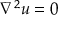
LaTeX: \nabla ^ { 2 } u = 0